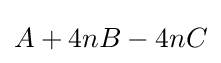
A+4nB-4nC